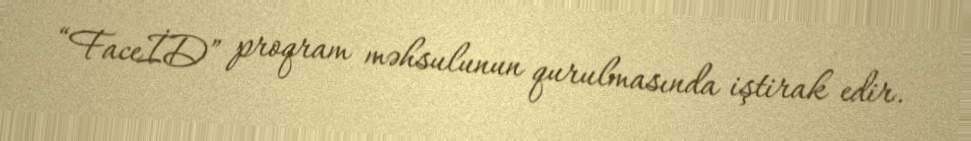
“FaceİD” proqram məhsulunun qurulmasında iştirak edir.